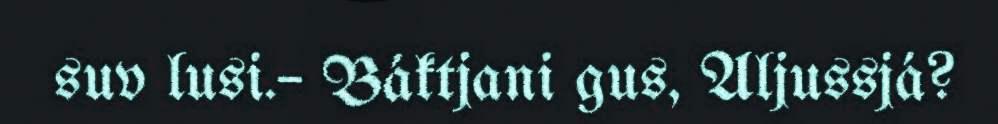
suv lusi.– Báktjani gus, Aljussjá?